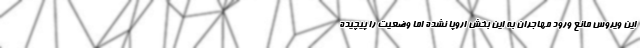
این ویروس مانع ورود مهاجران به این بخش اروپا نشده اما وضعیت را پیچیده